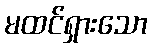
မထင်ရှားသော